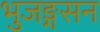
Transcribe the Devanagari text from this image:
भुजङ्गसन